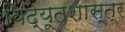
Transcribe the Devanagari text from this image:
विद्यूतशास्त्र